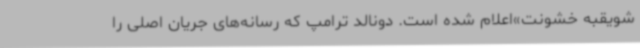
شویقبه خشونت»اعلام شده است. دونالد ترامپ که رسانه‌های جریان اصلی را